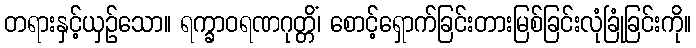
တရားနှင့်ယှဉ်သော။ ရက္ခာဝရဏဂုတ္တိံ၊ စောင့်ရှောက်ခြင်းတားမြစ်ခြင်းလုံခြုံခြင်းကို။